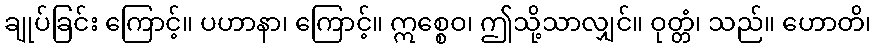
ချုပ်ခြင်း ကြောင့်။ ပဟာနာ၊ ကြောင့်။ ဣစ္စေဝ၊ ဤသို့သာလျှင်။ ဝုတ္တံ၊ သည်။ ဟောတိ၊